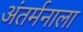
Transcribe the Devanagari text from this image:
अंतर्मनाला